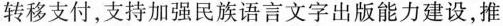
转移支付，支持加强民族语言文字出版能力建设，推